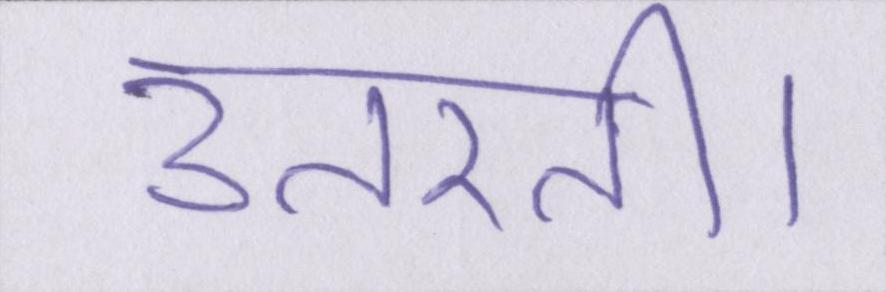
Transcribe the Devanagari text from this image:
उतरती।